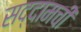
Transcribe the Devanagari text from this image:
सद्दामची